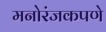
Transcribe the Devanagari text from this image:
मनोरंजकपणे